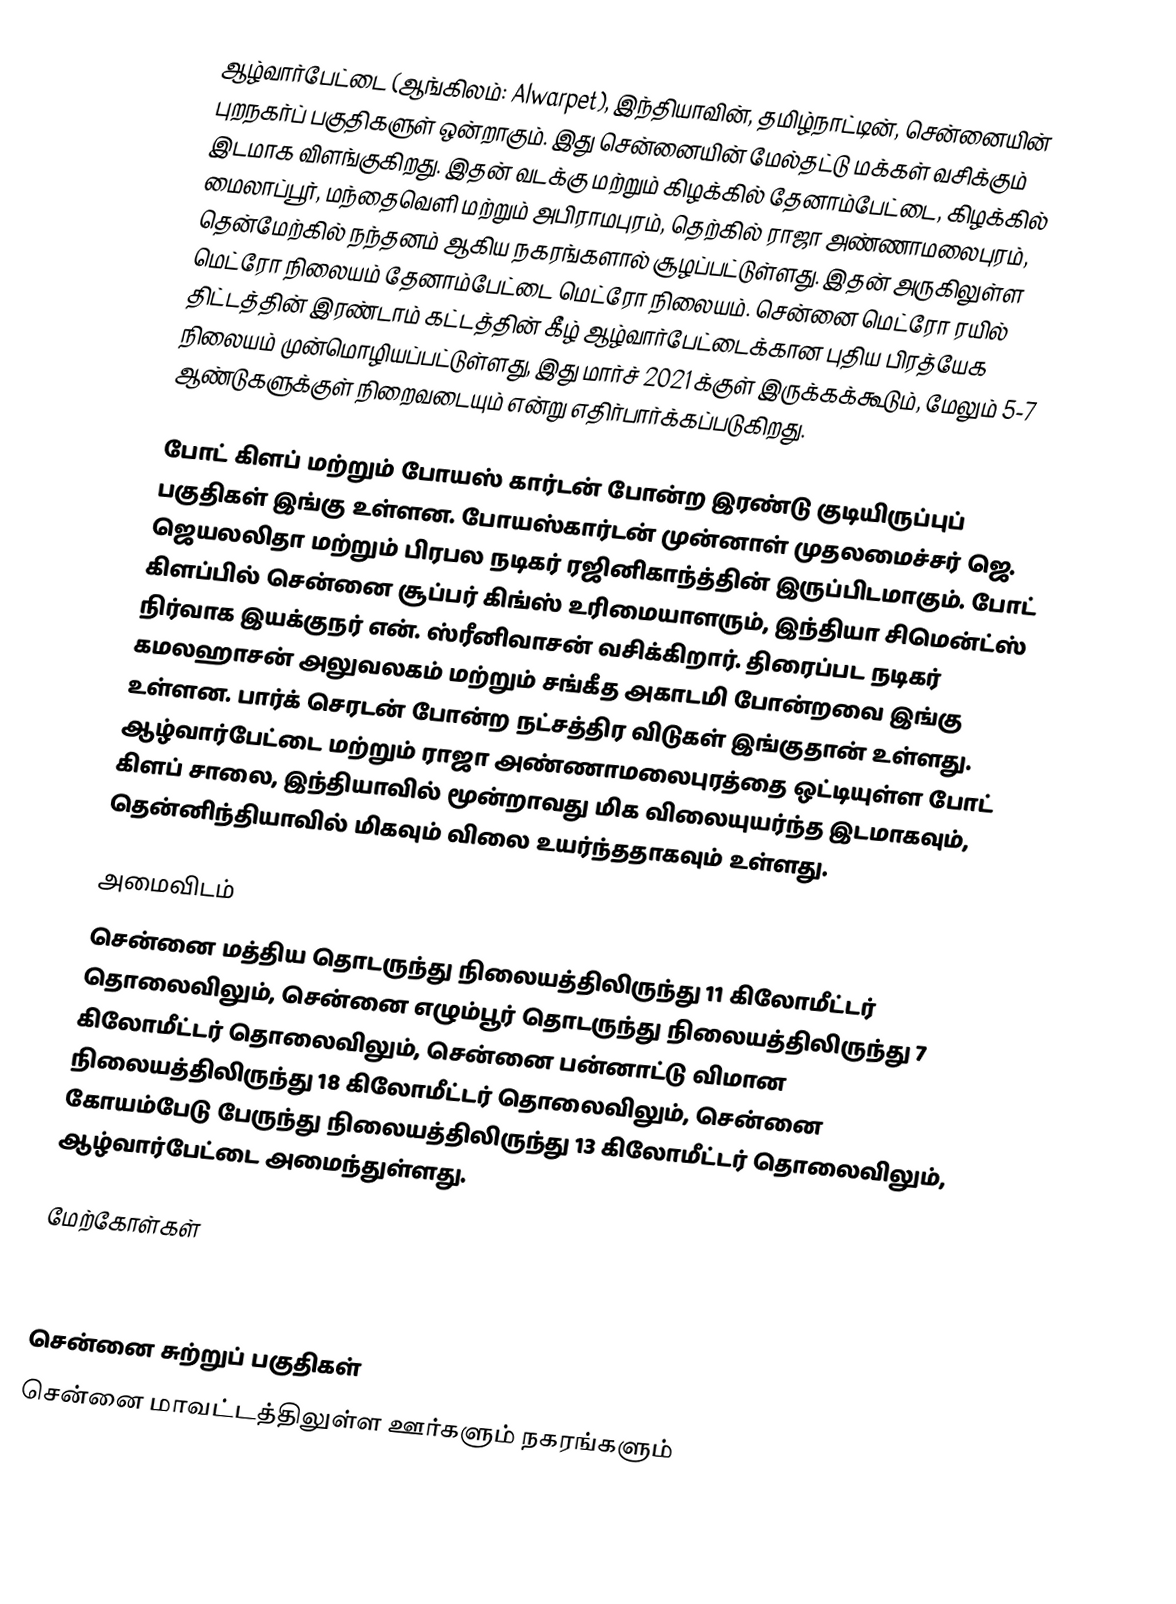
ஆழ்வார்பேட்டை (ஆங்கிலம்: Alwarpet), இந்தியாவின், தமிழ்நாட்டின், சென்னையின் புறநகர்ப் பகுதிகளுள் ஒன்றாகும். இது சென்னையின் மேல்தட்டு மக்கள் வசிக்கும் இடமாக விளங்குகிறது. இதன் வடக்கு மற்றும் கிழக்கில் தேனாம்பேட்டை, கிழக்கில் மைலாப்பூர், மந்தைவெளி மற்றும் அபிராமபுரம், தெற்கில் ராஜா அண்ணாமலைபுரம், தென்மேற்கில் நந்தனம் ஆகிய நகரங்களால் சூழப்பட்டுள்ளது. இதன் அருகிலுள்ள மெட்ரோ நிலையம் தேனாம்பேட்டை மெட்ரோ நிலையம். சென்னை மெட்ரோ ரயில் திட்டத்தின் இரண்டாம் கட்டத்தின் கீழ் ஆழ்வார்பேட்டைக்கான புதிய பிரத்யேக நிலையம் முன்மொழியப்பட்டுள்ளது, இது மார்ச் 2021 க்குள் இருக்கக்கூடும், மேலும் 5-7 ஆண்டுகளுக்குள் நிறைவடையும் என்று எதிர்பார்க்கப்படுகிறது.

போட் கிளப் மற்றும் போயஸ் கார்டன் போன்ற இரண்டு குடியிருப்புப் பகுதிகள் இங்கு உள்ளன. போயஸ்கார்டன் முன்னாள் முதலமைச்சர் ஜெ. ஜெயலலிதா மற்றும் பிரபல நடிகர் ரஜினிகாந்த்தின் இருப்பிடமாகும். போட் கிளப்பில் சென்னை சூப்பர் கிங்ஸ் உரிமையாளரும், இந்தியா சிமென்ட்ஸ் நிர்வாக இயக்குநர் என். ஸ்ரீனிவாசன் வசிக்கிறார். திரைப்பட நடிகர் கமலஹாசன் அலுவலகம் மற்றும் சங்கீத அகாடமி போன்றவை இங்கு உள்ளன. பார்க் செரடன் போன்ற நட்சத்திர விடுகள் இங்குதான் உள்ளது. ஆழ்வார்பேட்டை மற்றும் ராஜா அண்ணாமலைபுரத்தை ஒட்டியுள்ள போட் கிளப் சாலை, இந்தியாவில் மூன்றாவது மிக விலையுயர்ந்த இடமாகவும், தென்னிந்தியாவில் மிகவும் விலை உயர்ந்ததாகவும் உள்ளது.

அமைவிடம்
சென்னை மத்திய தொடருந்து நிலையத்திலிருந்து 11 கிலோமீட்டர் தொலைவிலும், சென்னை எழும்பூர் தொடருந்து நிலையத்திலிருந்து 7 கிலோமீட்டர் தொலைவிலும், சென்னை பன்னாட்டு விமான நிலையத்திலிருந்து 18 கிலோமீட்டர் தொலைவிலும், சென்னை கோயம்பேடு பேருந்து நிலையத்திலிருந்து 13 கிலோமீட்டர் தொலைவிலும், ஆழ்வார்பேட்டை அமைந்துள்ளது.

மேற்கோள்கள்



சென்னை சுற்றுப் பகுதிகள்
சென்னை மாவட்டத்திலுள்ள ஊர்களும் நகரங்களும்